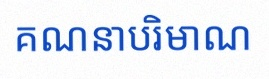
គណនាបរិមាណ